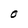
Character: O